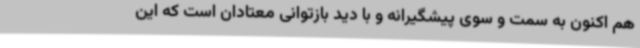
هم اکنون به سمت و سوی پیشگیرانه و با دید بازتوانی معتادان است که این